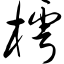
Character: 樗